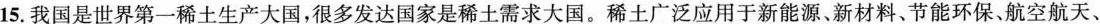
15.我国是世界第一稀土生产大国，很多发达国家是稀土需求大国。稀土广泛应用于新能源、新材料、节能环保，航空航天、